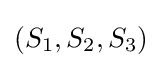
(S_{1},S_{2},S_{3})